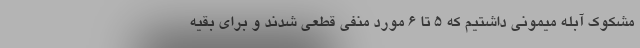
مشکوک آبله میمونی داشتیم که ۵ تا ۶ مورد منفی قطعی شدند و برای بقیه